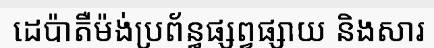
ដេប៉ាតឺម៉ង់ប្រព័ន្ធផ្សព្វផ្សាយ និងសារ